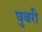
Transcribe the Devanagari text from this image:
घुबरी